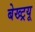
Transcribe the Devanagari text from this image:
बेख्ट्रयू